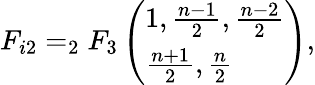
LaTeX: F_{i2}=_{2}F_{3}\left(\begin{array}{l}{{1,\frac{n-1}{2},\frac{n-2}{2}}}\\ {{\frac{n+1}{2},\frac{n}{2}}}\end{array}\right),